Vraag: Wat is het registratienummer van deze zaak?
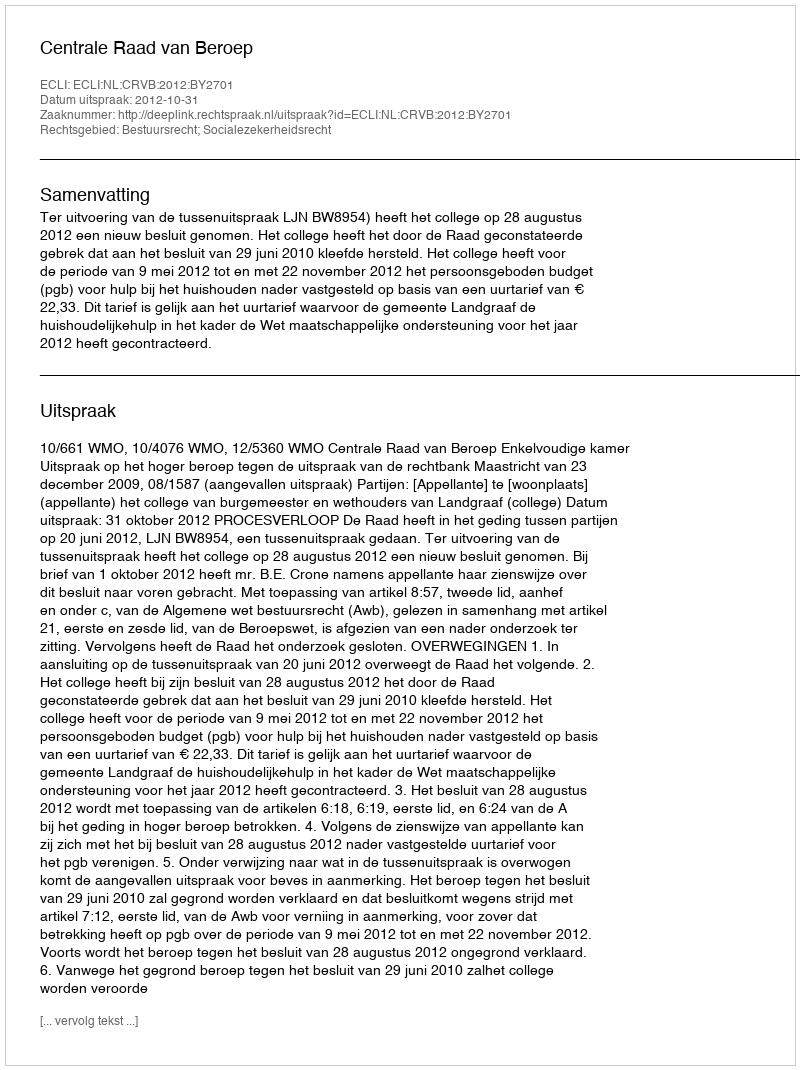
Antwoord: http://deeplink.rechtspraak.nl/uitspraak?id=ECLI:NL:CRVB:2012:BY2701